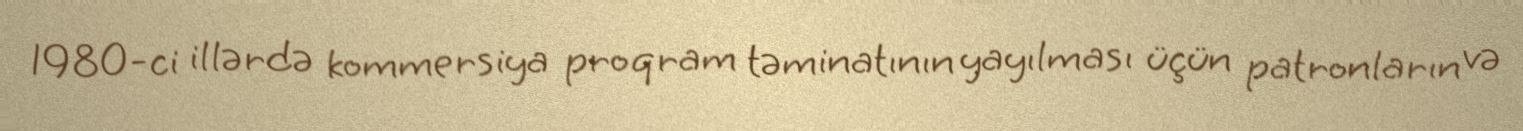
1980-ci illərdə kommersiya proqram təminatının yayılması üçün patronların və